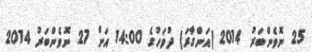
25 ނޮވެންބަރު 2014 (އަންގާރަ) ދުވަހުގެ 14:00 އަށް 27 ނޮވެންބަރު 2014